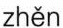
zhěn